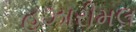
હઝારીમલ